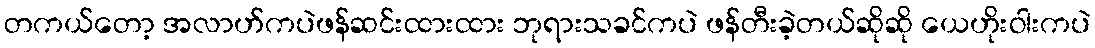
တကယ်တော့ အလာဟ်ကပဲဖန်ဆင်းထားထား ဘုရားသခင်ကပဲ ဖန်တီးခဲ့တယ်ဆိုဆို ယေဟိုးဝါးကပဲ